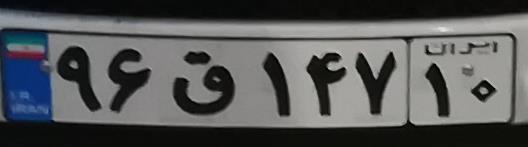
۹۶ق۱۴۷۱۰